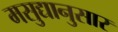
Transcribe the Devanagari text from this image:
मसुद्यानुसार